Civil Veterinary Dept. Bombay admin report 1923-31 - 1923-1931
Year: 1923
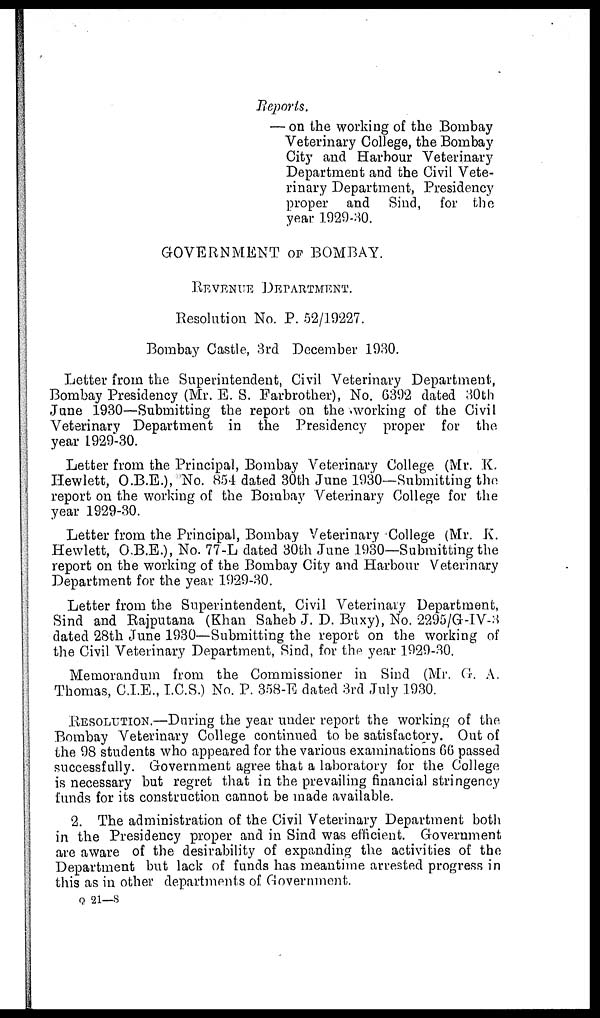
Reports.
— on the working of the Bombay
Veterinary College, the Bombay
City and Harbour Veterinary
Department and the Civil Vete-
rinary Department, Presidency
proper and Sind, for the
year 1929-30.
GOVERNMENT OF BOMBAY.
REVENUE DEPARTMENT.
Resolution No. P. 52/19227.
Bombay Castle, 3rd December 1930.
Letter from the Superintendent, Civil Veterinary Department,
Bombay Presidency (Mr. E. S. Farbrother), No. 6392 dated 30th
June 1930—Submitting the report on the working of the Civil
Veterinary Department in the Presidency proper for the
year 1929-30.
Letter from the Principal, Bombay Veterinary College (Mr. K.
Hewlett, O.B.E.), No. 854 dated 30th June 1930—Submitting the
report on the working of the Bombay Veterinary College for the
year 1929-30.
Letter from the Principal, Bombay Veterinary College (Mr. K.
Hewlett, O.B.E.), No. 77-L dated 30th June 1930—Submitting the
report on the working of the Bombay City and Harbour Veterinary
Department for the year 1929-30.
Letter from the Superintendent, Civil Veterinary Department,
Sind and Rajputana (Khan Saheb J. D. Buxy), No. 2295/G-IV-3
dated 28th June 1930—Submitting the report on the working of
the Civil Veterinary Department, Sind, for the year 1929-30.
Memorandum from the Commissioner in Sind (Mr. G. A.
Thomas, C.I.E., I.C.S.) No. P. 358-E dated 3rd July 1930.
RESOLUTION.—During the year under report the working of the
Bombay Veterinary College continued to be satisfactory. Out of
the 98 students who appeared for the various examinations 66 passed
successfully. Government agree that a laboratory for the College
is necessary but regret that in the prevailing financial stringency
funds for its construction cannot be made available.
2. The administration of the Civil Veterinary Department both
in the Presidency proper and in Sind was efficient. Government
are aware of the desirability of expanding the activities of the
Department but lack of funds has meantime arrested progress in
this as in other departments of Government.
Q 21—8